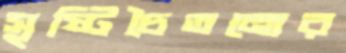
সৃষ্টিচৈতন্যের